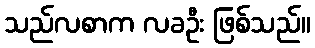
သည်လစာက လခဦး ဖြစ်သည်။